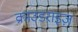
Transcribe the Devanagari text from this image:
क्राउडराइज़